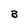
Character: B